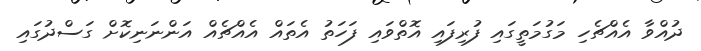
ދުއްވާ އެއްޗެހި މަގުމަތީގައި ފުރިފައި އޮތްވައި ފަހަތު އެތައް އެއްޗެއް އަންނަނިކޮށް ގަސްދުގައި